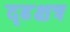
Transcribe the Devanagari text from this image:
दृढक्षत्र